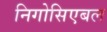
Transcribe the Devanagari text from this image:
निगोसिएबल